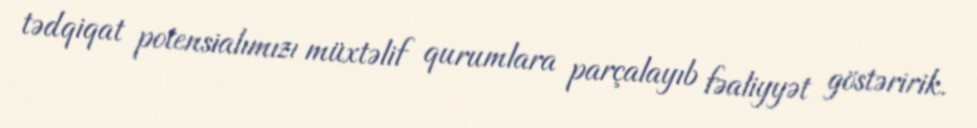
tədqiqat potensialımızı müxtəlif qurumlara parçalayıb fəaliyyət göstəririk.